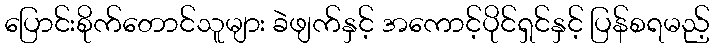
ပြောင်းစိုက်တောင်သူများ ခဲဖျက်နှင့် အကောင့်ပိုင်ရှင်နှင့် ပြန်စရမည့်